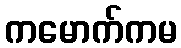
ကမောက်ကမ